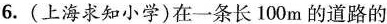
6.(上海求知小学)在一条长100m的道路的